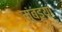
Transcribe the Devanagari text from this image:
मुंबइया